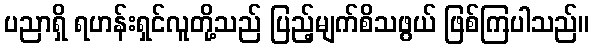
ပညာရှိ ရဟန်းရှင်လူတို့သည် ပြည့်မျက်စိသဖွယ် ဖြစ်ကြပါသည်။